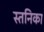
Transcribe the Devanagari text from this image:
स्तनिका